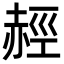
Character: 䞓